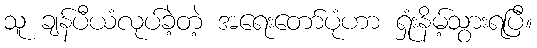
သူ ချန်ပီယံလုပ်ခဲ့တဲ့ အရေးတော်ပုံဟာ ရှုံးနိမ့်သွားရပြီ။